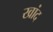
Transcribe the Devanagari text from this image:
खांद